65_HS1-834228961_62-HQ-83894_Section_6
Agency: FBI
Page 263
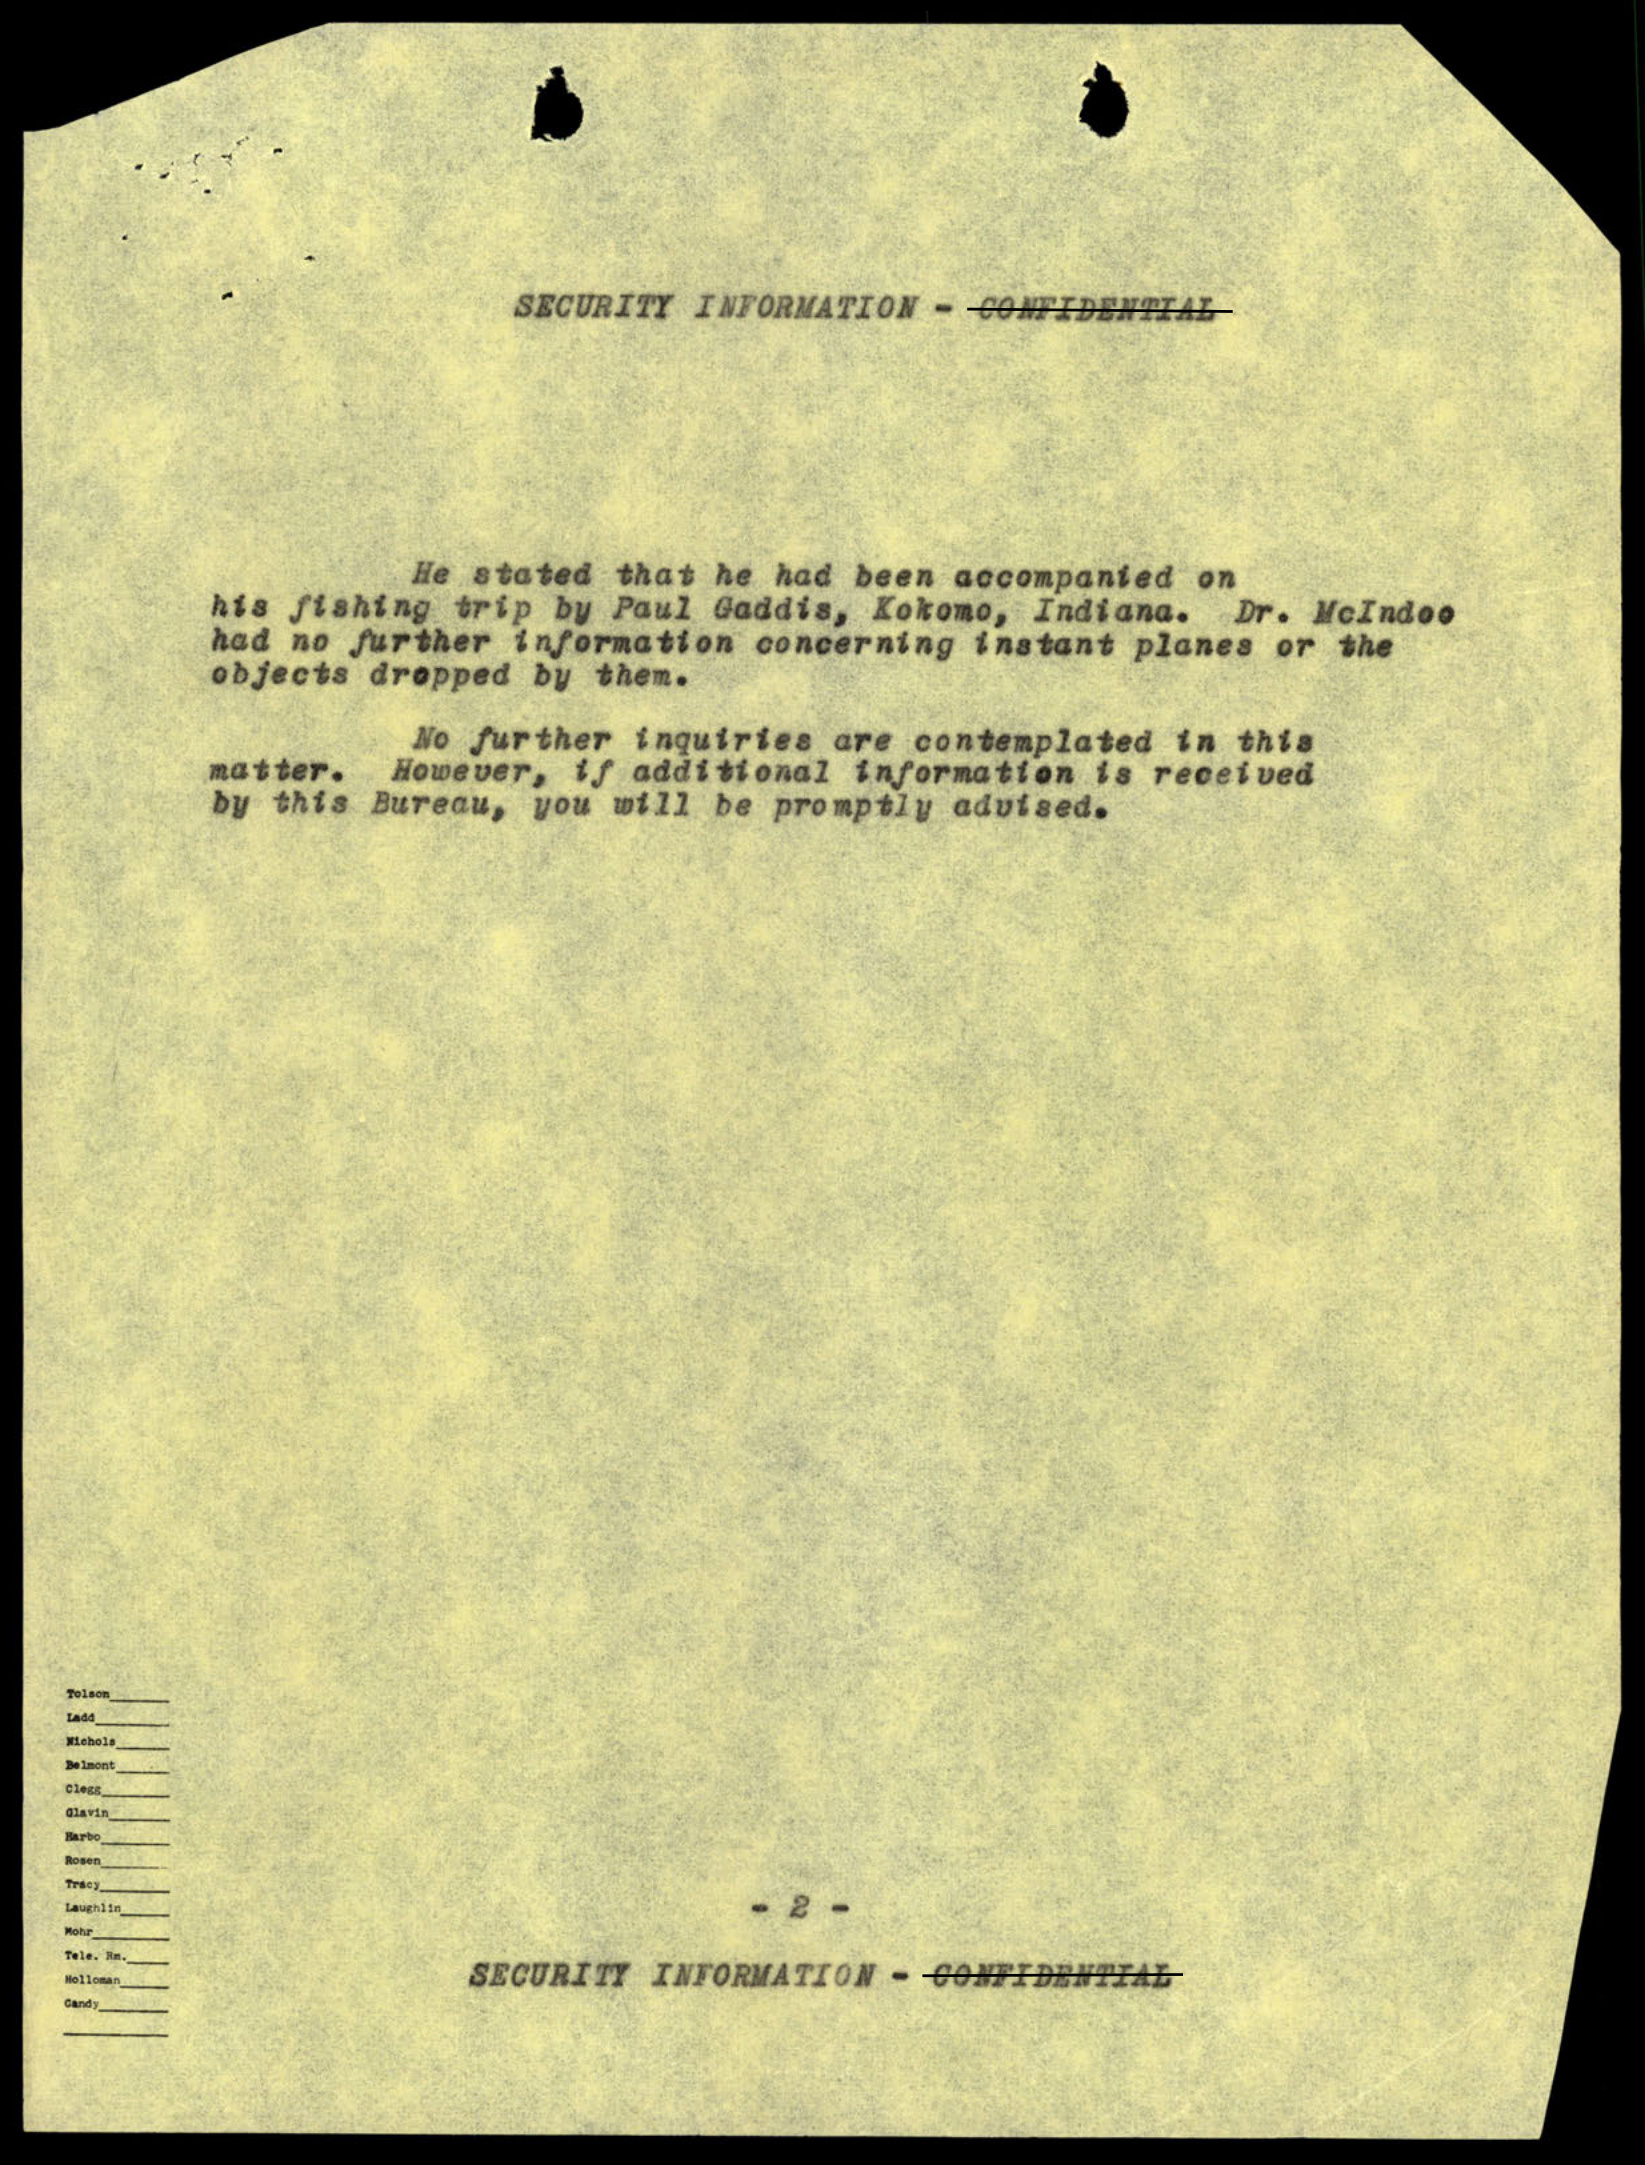